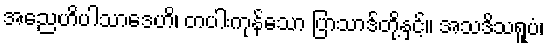
အညေဟိပါသာဒေဟိ၊ တပါးကုန်သော ပြာသာဒ်တို့နှင့်။ အသဒိသရူပံ၊